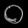
Digit: ၀